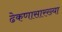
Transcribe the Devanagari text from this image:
ढेकणासारख्या